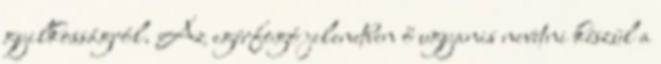
gyilkosságról. Az egérfogó jelenetben ő ugyanis nevetni készül a